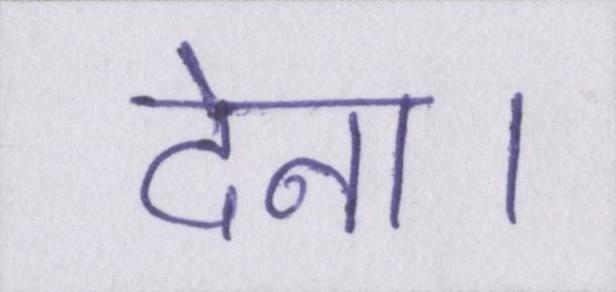
देना।